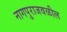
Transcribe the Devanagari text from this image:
नागपुराजवळील